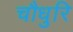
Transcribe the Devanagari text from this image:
चौधुरि